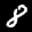
Label: 8